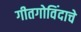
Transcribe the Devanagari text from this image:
गीतगोविंदाचे